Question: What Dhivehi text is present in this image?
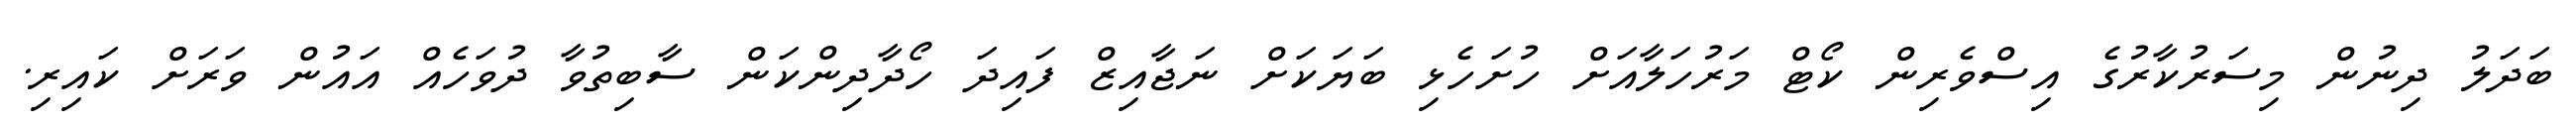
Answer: ބަދަލު ދިނުން މިސަރުކާރުގެ އިސްވެރިން ކޯޓް މަރުހަލާއަށް ހުށަހެޅި ބަޔަކަށް ނަޖާއިޒް ފައިދަ ހޯދާދިންކަން ސާބިތުވާ ދުވަހެއް އައުން ވަރަށް ކައިރި.